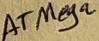
Text: ATMega